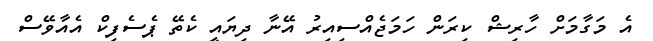
އެ މަގާމަށް ހާރިޝް ކިރަން ހަމަޖެއްސިއިރު އޭނާ ދިޔައީ ކެތޭ ޕެސެފިކް އެއާވޭސް